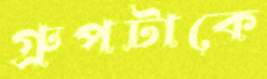
গ্রুপটাকে